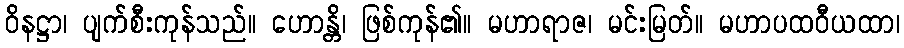
ဝိနဋ္ဌာ၊ ပျက်စီးကုန်သည်။ ဟောန္တိ၊ ဖြစ်ကုန်၏။ မဟာရာဇ၊ မင်းမြတ်။ မဟာပထဝီယထာ၊